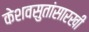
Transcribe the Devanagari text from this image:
केशवसुतांसारखी